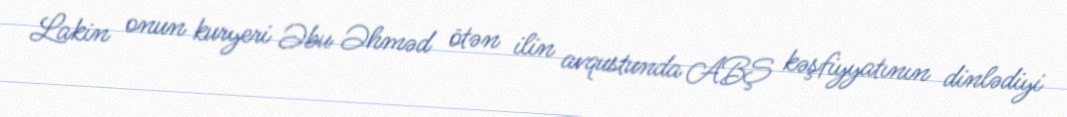
Lakin onun kuryeri Əbu Əhməd ötən ilin avqustunda ABŞ kəşfiyyatının dinlədiyi